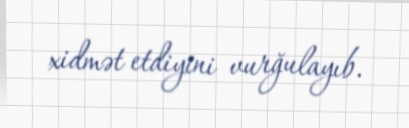
xidmət etdiyini vurğulayıb.